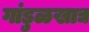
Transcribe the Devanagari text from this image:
गांडुळखाद्य